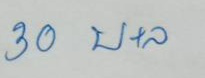
30 บ+ล